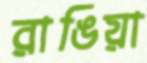
রাঙিয়া